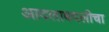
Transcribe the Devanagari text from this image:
आदलाबदलीचा